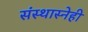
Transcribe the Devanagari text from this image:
संस्थास्नेही